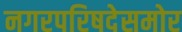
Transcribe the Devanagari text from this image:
नगरपरिषदेसमोर